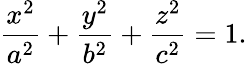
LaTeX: {\frac{x^{2}}{a^{2}}}+{\frac{y^{2}}{b^{2}}}+{\frac{z^{2}}{c^{2}}}=1.